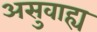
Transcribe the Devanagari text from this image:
असुवाह्य